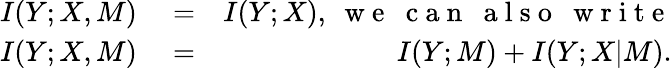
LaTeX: \begin{array}{rlr}{I(Y;X,M)}&{{}=}&{I(Y;X),~\mathrm{~w~e~~~c~a~n~~~a~l~s~o~~~w~r~i~t~e~}}\\ {I(Y;X,M)}&{{}=}&{I(Y;M)+I(Y;X\vert M).}\end{array}